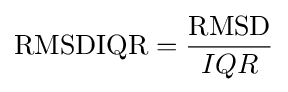
\mathrm {RMSDIQR} ={\frac {\mathrm {RMSD} }{IQR}}